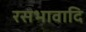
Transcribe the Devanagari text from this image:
रसभावादि